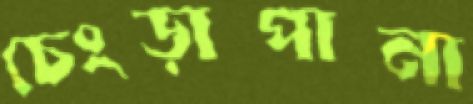
চেংড়াপানা